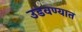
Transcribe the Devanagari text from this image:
उडवण्यात